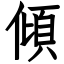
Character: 傾